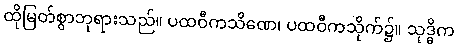
ထိုမြတ်စွာဘုရားသည်။ ပထဝီကသိဏေ၊ ပထဝီကသိုက်၌။ သုဒ္ဓိက